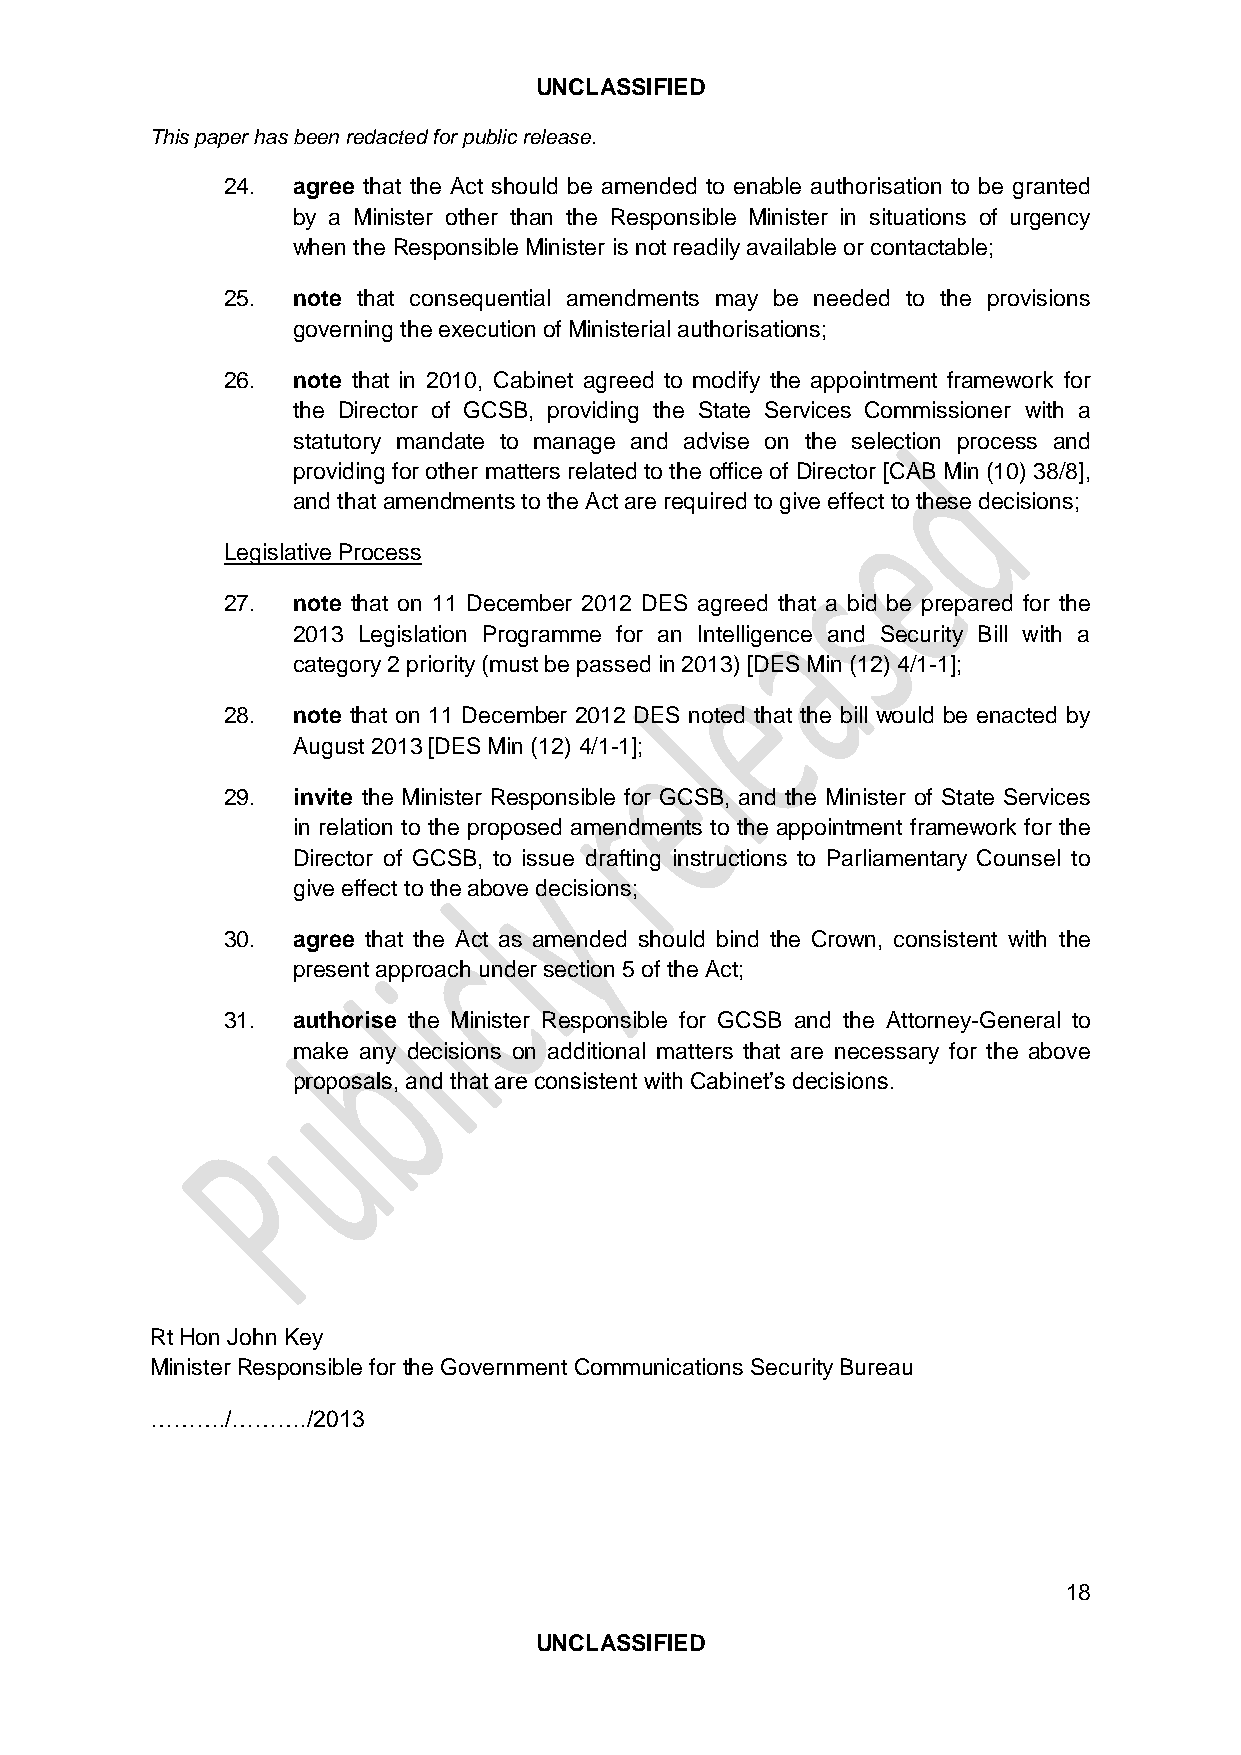
UNCLASSIFIED
 This paper has been redacted for public release.
 24. agree that the Act should be amended to enable authorisation to be granted
 by a Minister other than the Responsible Minister in situations of urgency
 when the Responsible Minister is not readily available or contactable;
 25. note that consequential amendments may be needed to the provisions
 governing the execution of Ministerial authorisations;
 26. note that in 2010, Cabinet agreed to modify the appointment framework for
 the Director of GCSB, providing the State Services Commissioner with a
 statutory mandate to manage and advise on the selection process and
 providing for other matters related to the office of Director [CAB Min (10) 38/8],
 and that amendments to the Act are required to give effect to these decisions;
 Legislative Process
 27. note that on 11 December 2012 DES agreed that a bid be prepared for the
 2013 Legislation Programme for an Intelligence and Security Bill with a
 category 2 priority (must be passed in 2013) [DES Min (12) 4/1-1];
 28. note that on 11 December 2012 DES noted that the bill would be enacted by
 August 2013 [DES Min (12) 4/1-1];
 29. invite the Minister Responsible for GCSB, and the Minister of State Services
 in relation to the proposed amendments to the appointment framework for the
 Director of GCSB, to issue drafting instructions to Parliamentary Counsel to
 give effect to the above decisions;
 30. agree that the Act as amended should bind the Crown, consistent with the
 present approach under section 5 of the Act;
 31. authorise the Minister Responsible for GCSB and the Attorney-General to
 make any decisions on additional matters that are necessary for the above
 proposals, and that are consistent with Cabinet’s decisions.
 Rt Hon John Key
 Minister Responsible for the Government Communications Security Bureau
 ………./………./2013
 18
 UNCLASSIFIED